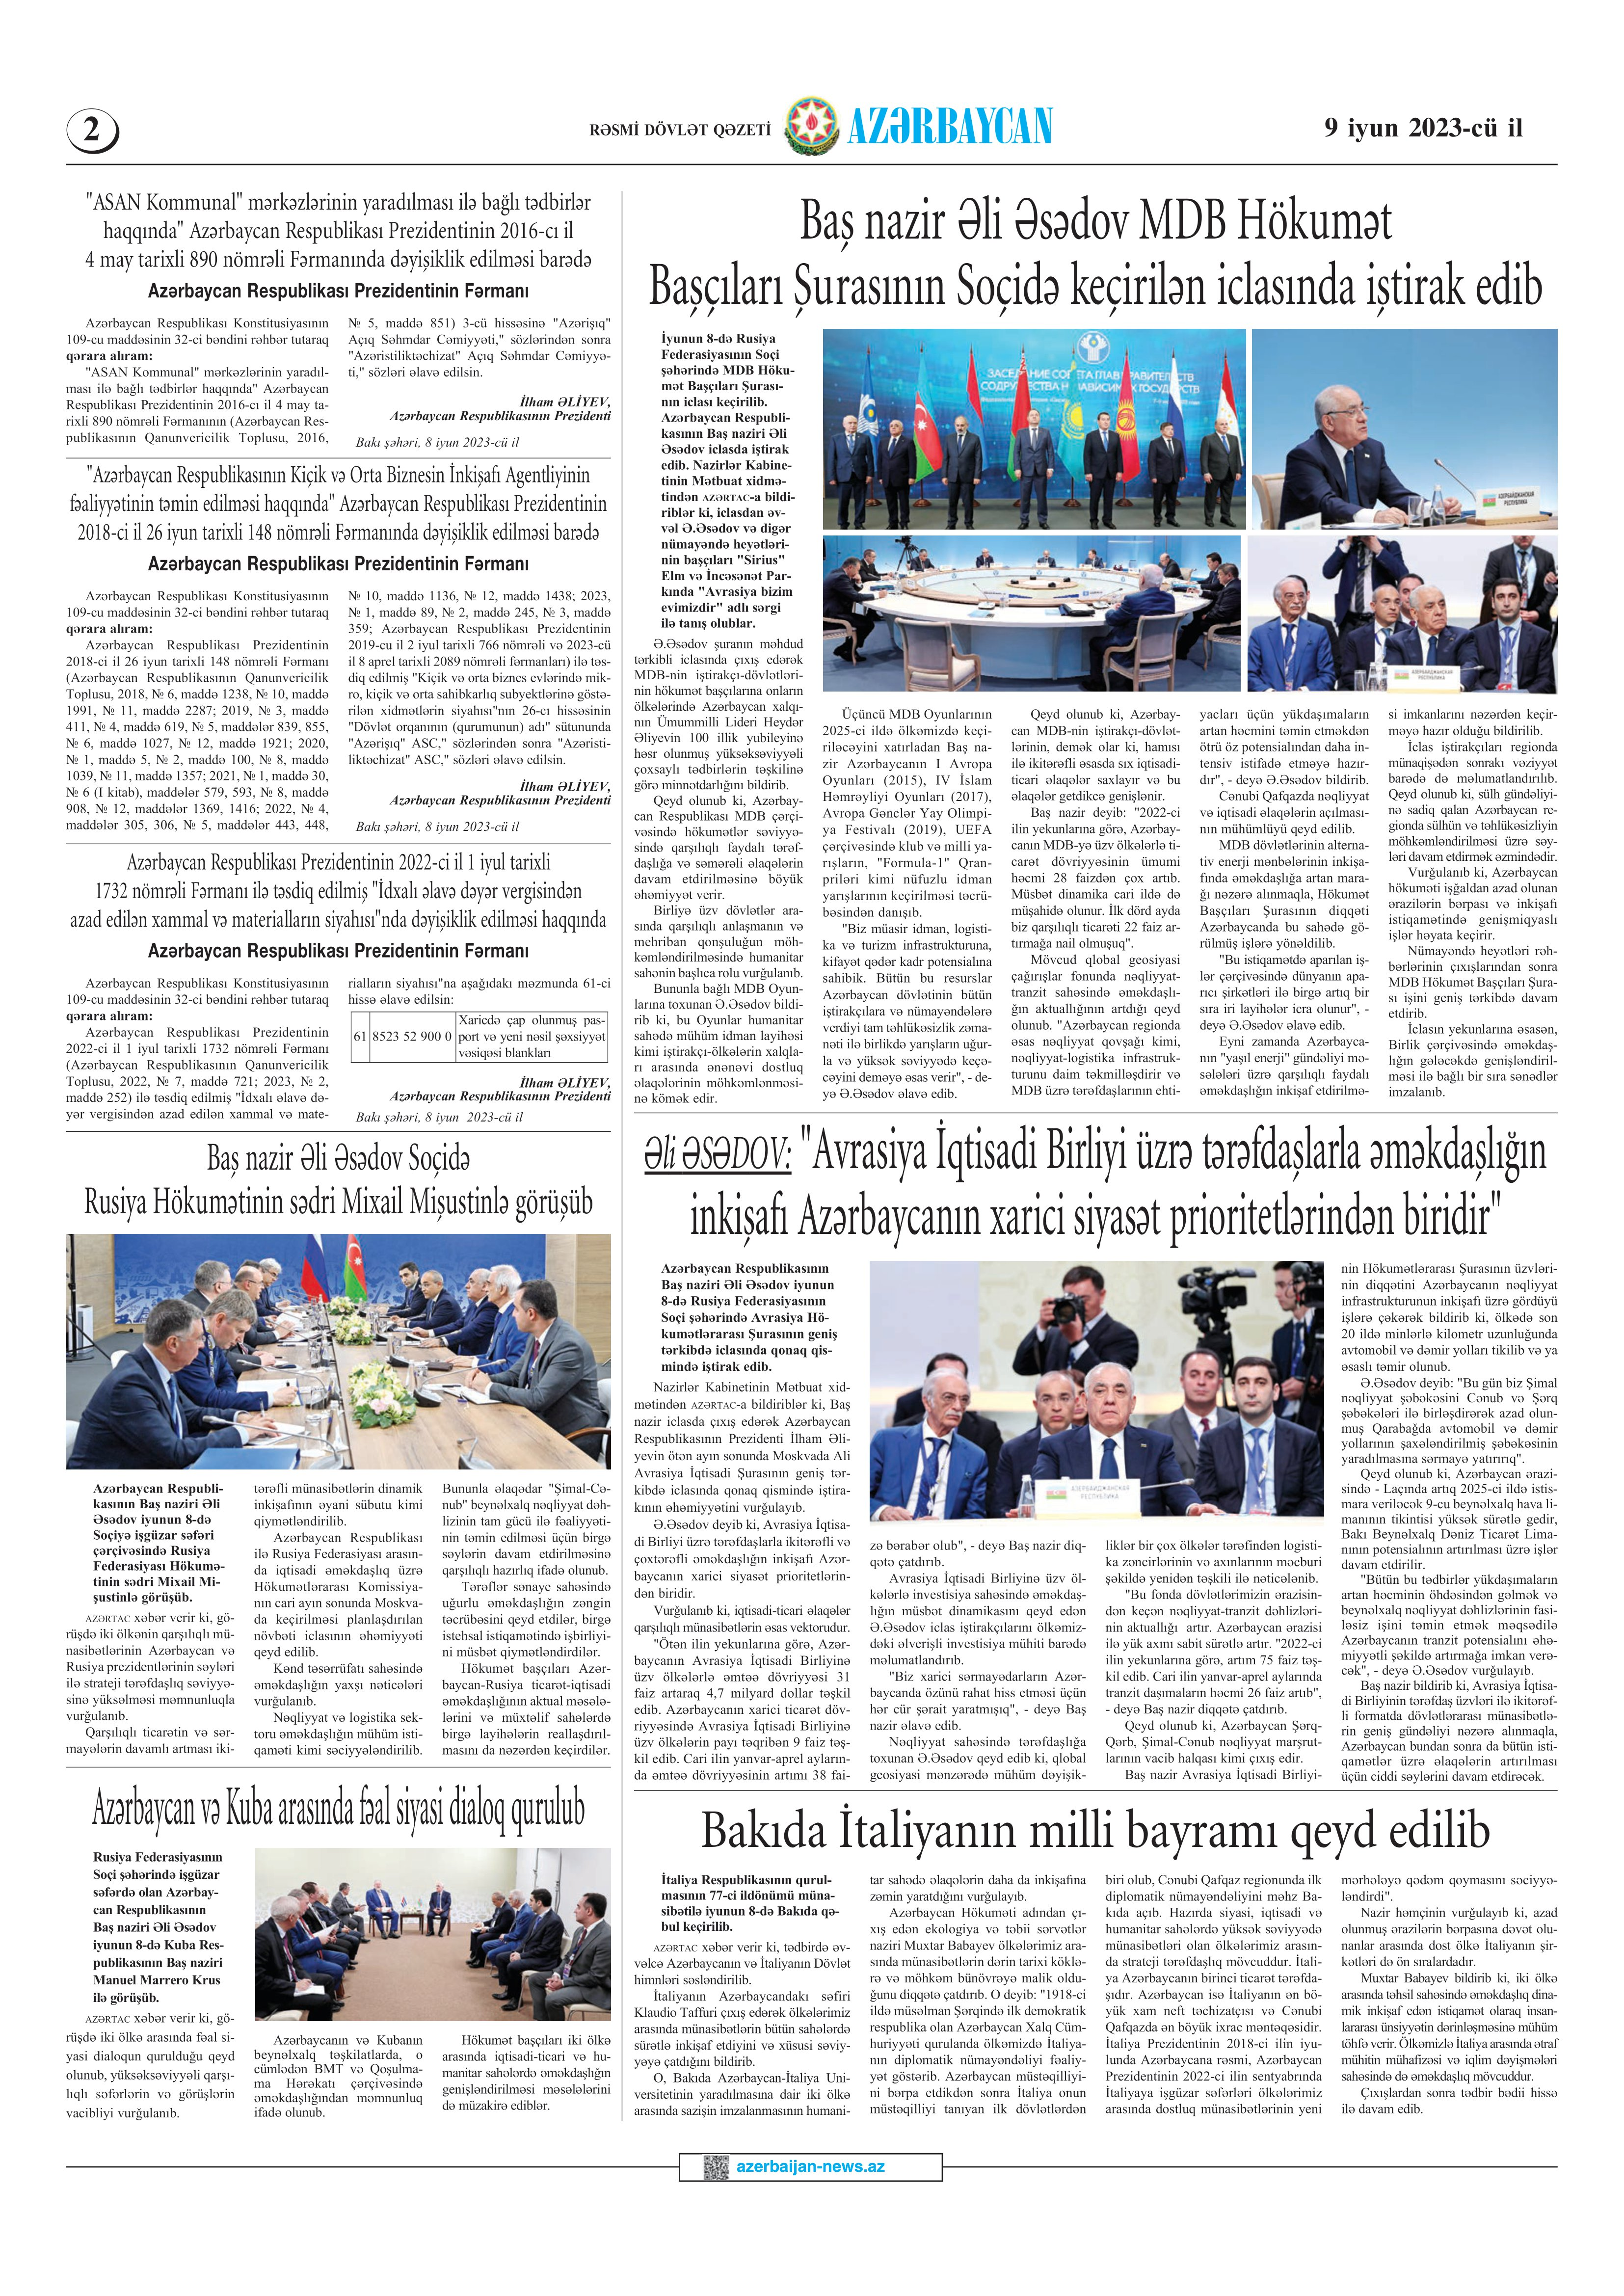
Language: az